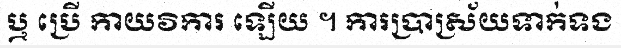
ឬ ប្រើ កាយវិការ ឡើយ ។ ការប្រាស្រ័យទាក់ទង